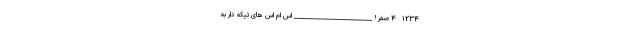
۱۲۳۴   ۴ صفر ! __________________________ اس ام اس های تیکه دار به